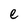
Character: e